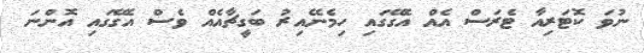
ނުވަ ކޮޓަރިއާ ޓެރަސް އެއް އެގޭގައި ހިމެނޭއިރު ބަގީޗާއެއް ވެސް އެގޭގައި އޮންނަ